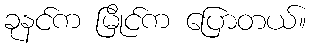
ခုနင်က မြိုင်က ပြောတယ်။